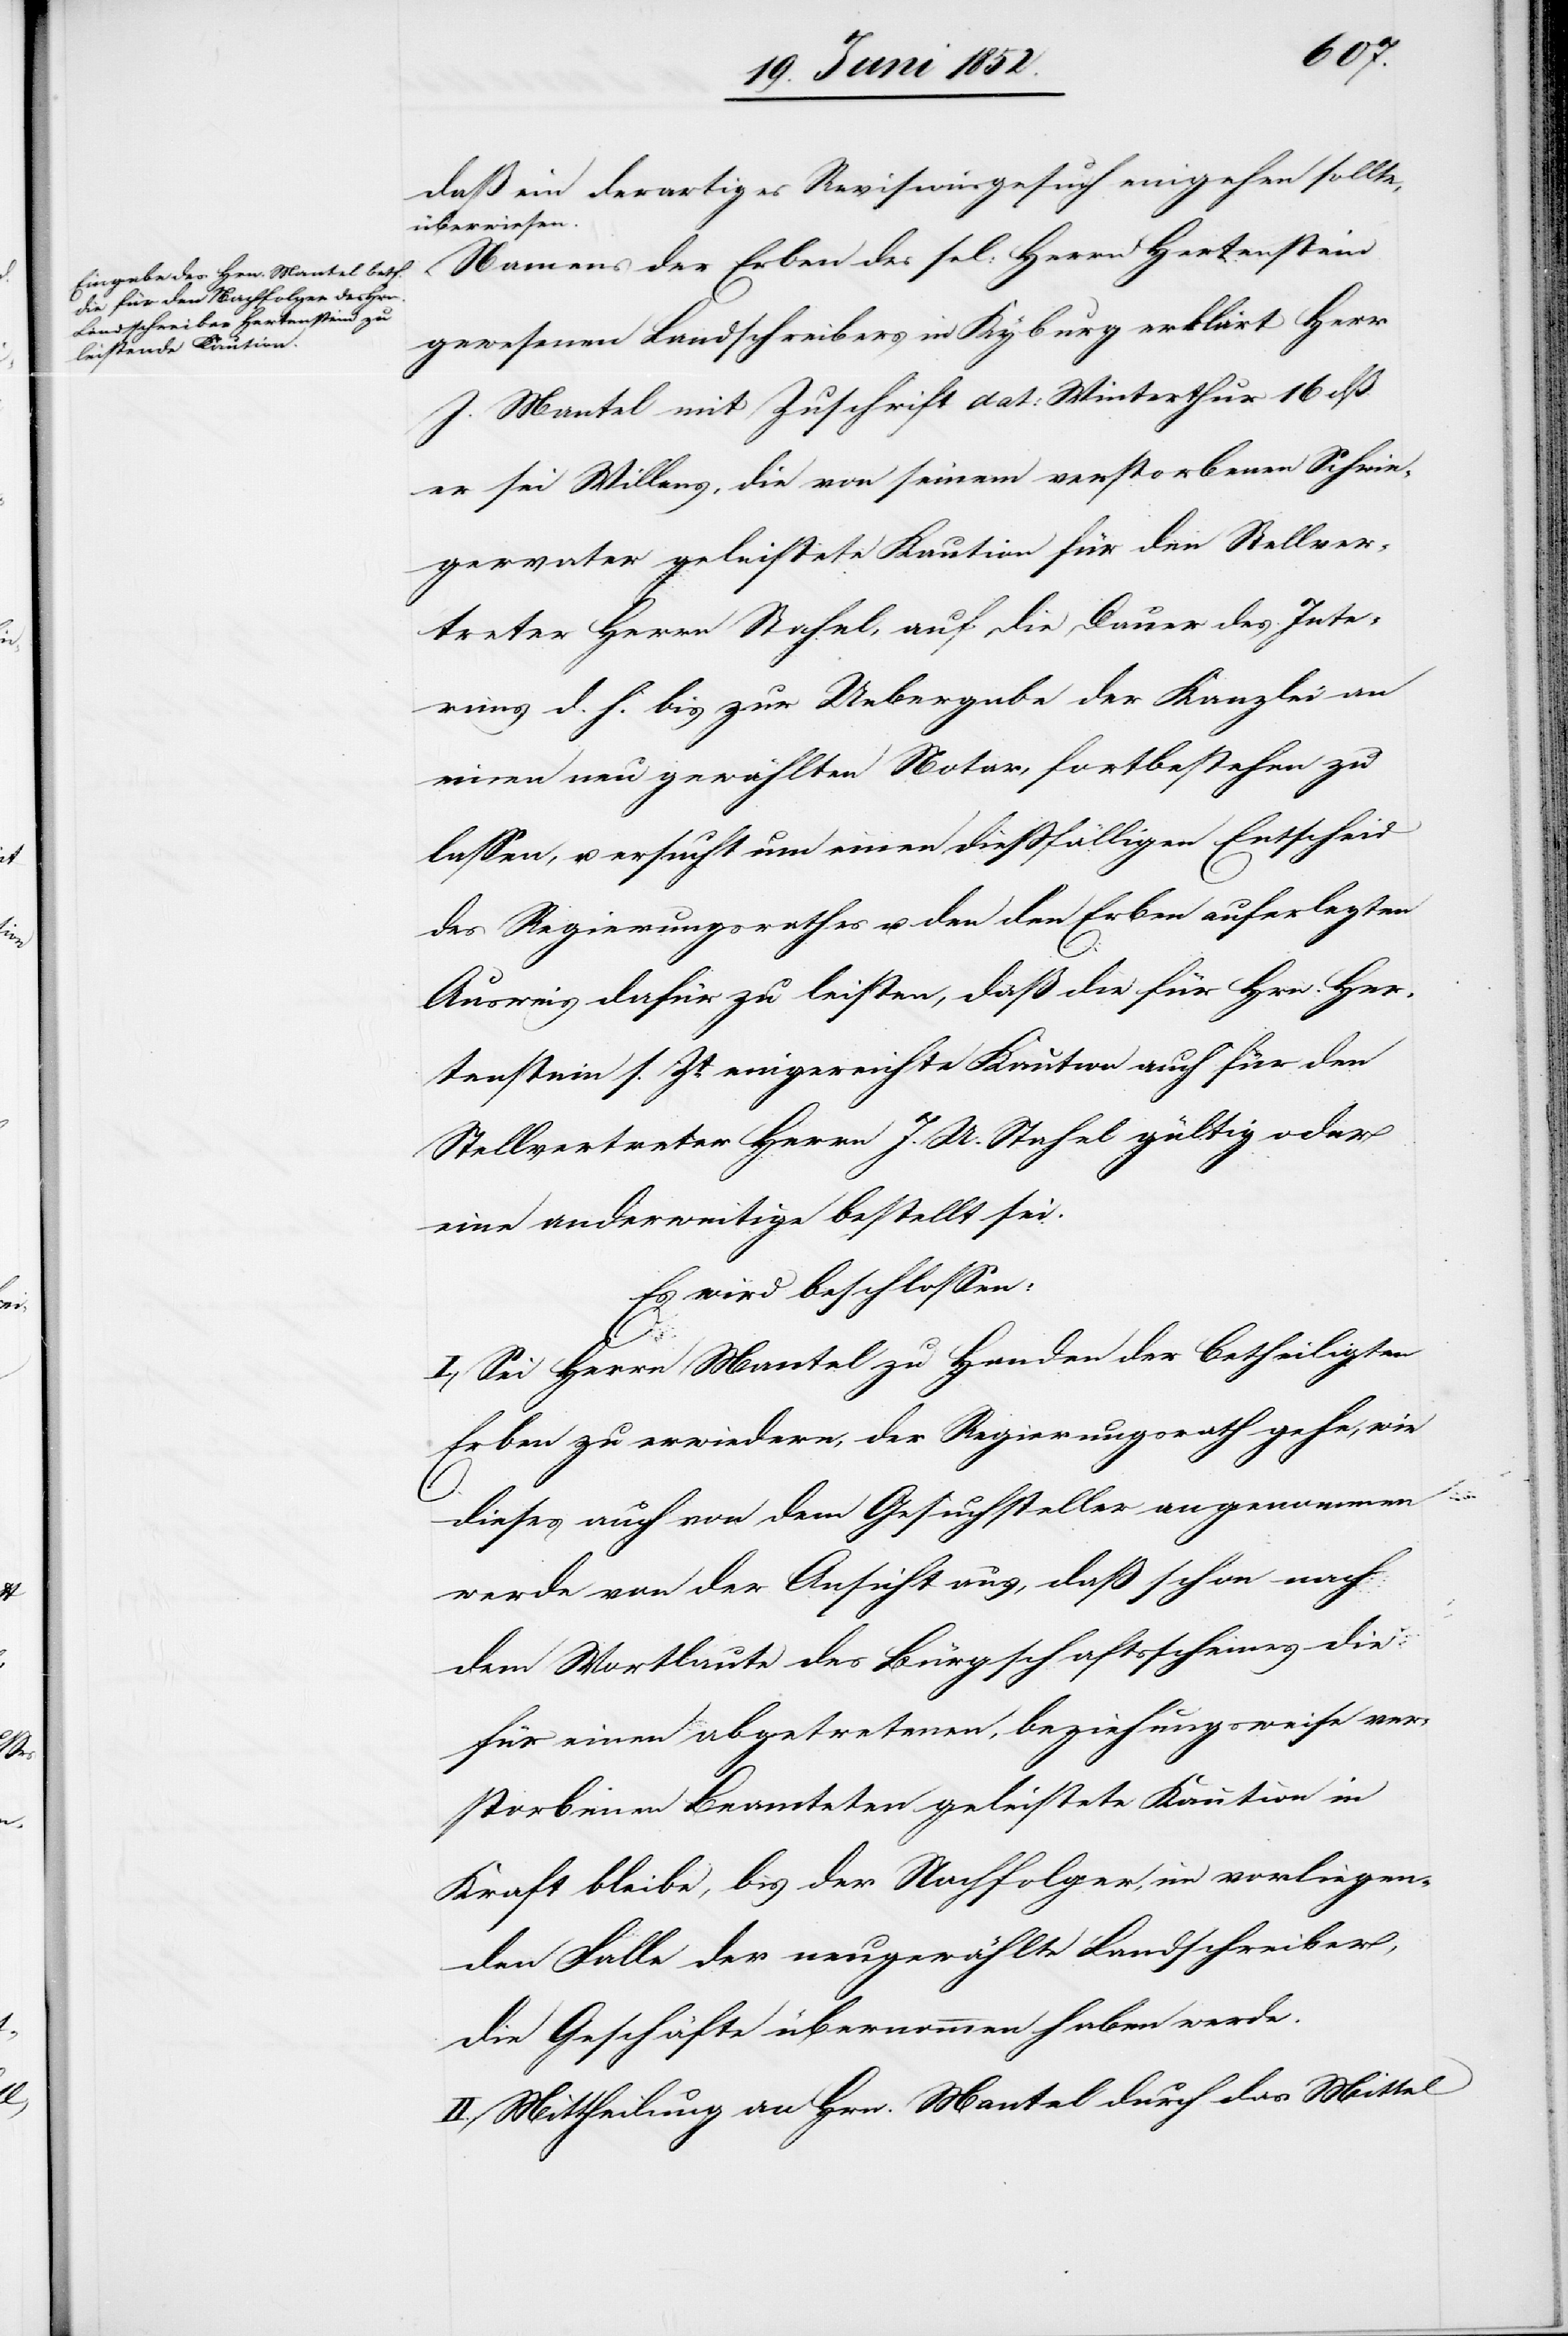
daß ein derartiges Revisionsgesuch eingehen sollte,
überwiesen.
Namens der Erben des sel: Herrn Hertenstein
gewesenen Landschreibers in Kyburg erklärt Herr
J. Mantel mit Zuschrift dat: Winterthur 16 dß.
er sei Willens, die von seinem verstorbenen Schwie¬
gervater geleistete Kaution für den Stellver¬
treter Herrn Stahel, auf die Dauer des Inte¬
rims d. h. bis zur Uebergabe der Kanzlei an
einen neu gewählten Notar, fortbestehen zu
lassen, u. ersucht um einen diessfälligen Entscheid
des Regierungsrathes u. den den Erben auferlegten
Ausweis dafür zu leisten, daß die für Hrn. Her¬
stenstein s. Zt. eingereichte Kaution auch für den
Stellvertreter Herrn J. U. Stahel gültig oder
eine anderweitige bestellt sei.
Es wird beschlossen:
I., Sei Herrn Mantel zu Handen der betheiligten
Erben zu erwiedern, der Regierungsrath gehe, wie
dieses auch von dem Gesuchsteller angenommen
werde von der Ansicht aus, daß schon nach
dem Wortlaute des Bürgschaftsscheines die
für einen abgetretenen, beziehungsweise ver¬
storbenen Beamteten geleistete Kaution in
Kraft bleibe, bis der Nachfolger, im vorliegen¬
den Falle der neugewählte Landschreiber,
die Geschäfte übernommen haben werde.
II. Mittheilung an Hrn. Mantel durch das Mittel